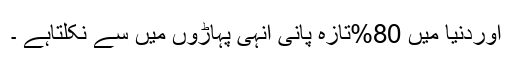
اوردنیا میں 80%تازہ پانی انہی پہاڑوں میں سے نکلتاہے ۔